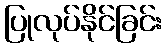
ပြုလုပ်နိုင်ခြင်း